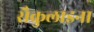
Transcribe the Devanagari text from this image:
सैकुलाइना